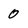
Character: 0